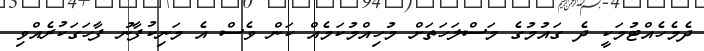
ދެމެހެއްޓުމަކީ ދެ ގައުމުގެ މަސްލަހަތަށް މުހިއްމުކަމެއް ކަން ވެސް އެ މަނިކުފާނު ފާހަގަކުރެއްވި